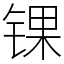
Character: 锞